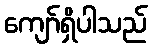
ကျော်ရှိပါသည်